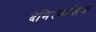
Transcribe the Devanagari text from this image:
देमिरकज़िक